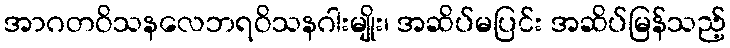
အာဂတဝိသနလေဘရဝိသနဂါးမျိုး၊ အဆိပ်မပြင်း အဆိပ်မြန်သည့်